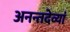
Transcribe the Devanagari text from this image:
अनन्तदेव्यां